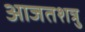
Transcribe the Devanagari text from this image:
आजतशत्रु